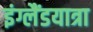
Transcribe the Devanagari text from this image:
इंग्लैंडयात्रा